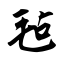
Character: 毡